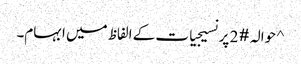
^ حوالہ #2 پر نسیجیات کے الفاظ میں ابہام۔